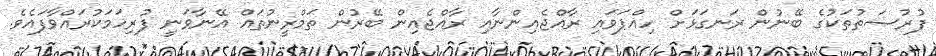
ފުރުޞަތުތަކުގެ ބޭނުން ރަނގަޅަށް ހިއްޕަވައި ރާއްޖެއިންނާއި ރާއްޖެއިން ބޭރުން ތަމްރީނުތައް އޭނާވަނީ ފުރިހަމަކުރައްވާފައެވެ.